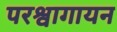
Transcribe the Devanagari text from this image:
परश्वागायन